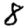
Digit: 8